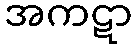
အကဋာ